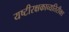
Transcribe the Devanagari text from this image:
यष्टीरक्षकाव्यतिरीक्त